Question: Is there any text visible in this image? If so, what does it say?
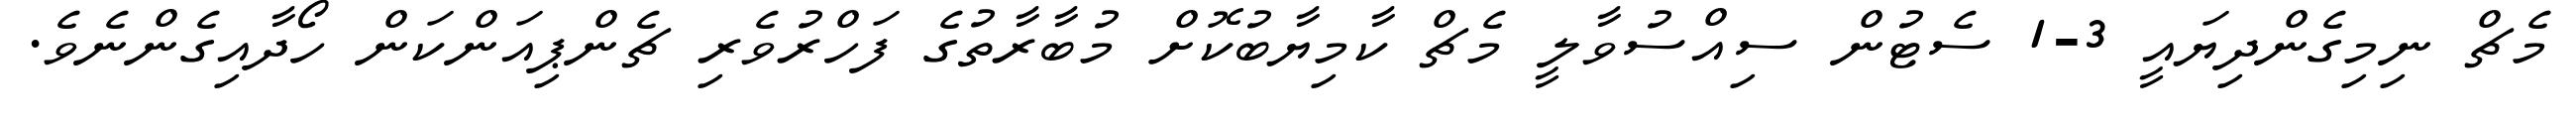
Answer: މެޗް ނިމިގެންދިޔައީ 3-1 ސެޓުން ސިއްސުވާލީ މެޗް ކާމިޔާބުކޮށް މުބާރާތުގެ ފަހްރުވެރި ޗެންޕިއަންކަން ހޯދާއިގެންނެވެ.